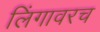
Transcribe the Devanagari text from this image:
लिंगावरच